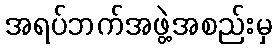
အရပ်ဘက်အဖွဲ့အစည်းမှ